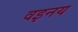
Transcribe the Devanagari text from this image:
वइनय